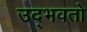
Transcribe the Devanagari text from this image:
उद्‌भवतो